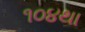
૧૦૪થા